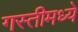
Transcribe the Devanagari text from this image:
गस्तीमध्ये